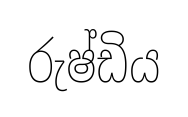
රුෂ්ඩිය